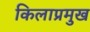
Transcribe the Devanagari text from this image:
किलाप्रमुख